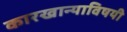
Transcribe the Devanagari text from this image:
कारखान्याविषयी